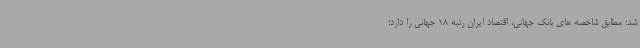
شد: مطابق شاخصه های بانک جهانی، اقتصاد ایران رتبه 18 جهانی را دارد؛